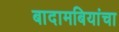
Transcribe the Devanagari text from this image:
बादामबियांचा